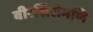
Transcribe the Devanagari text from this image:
वीरशिरोमणि